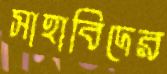
সাহাবিদের